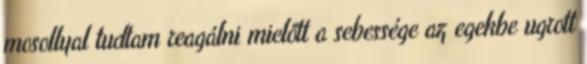
mosollyal tudtam reagálni mielőtt a sebessége az egekbe ugrott